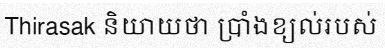
Thirasak និយាយថា ប្រាំងខ្យល់របស់